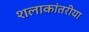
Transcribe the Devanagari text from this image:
शलाकांतरीया